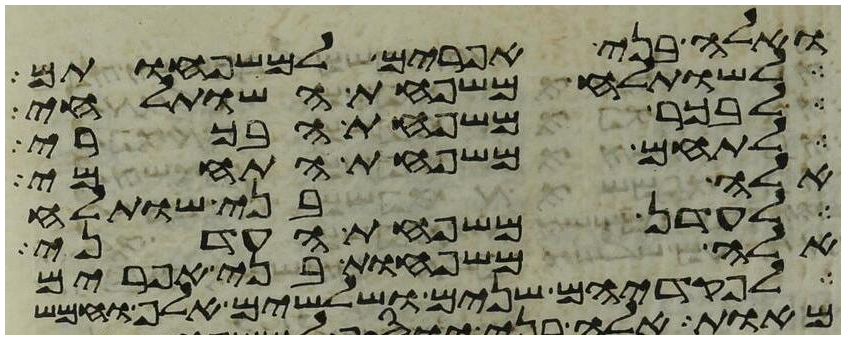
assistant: ואלה בני אפרים למשפחותם
לשותלח משפחת השותלחי
לבכר משפחת הבכרי
לתחם משפחת התחמי
אלה בני שותלח
לעדן משפחת העדני
אלה משפחות בני אפרים
לפקדיהם שנים ושלשים אלף וחמש